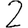
Digit: 2